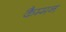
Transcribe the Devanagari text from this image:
कैम्मन